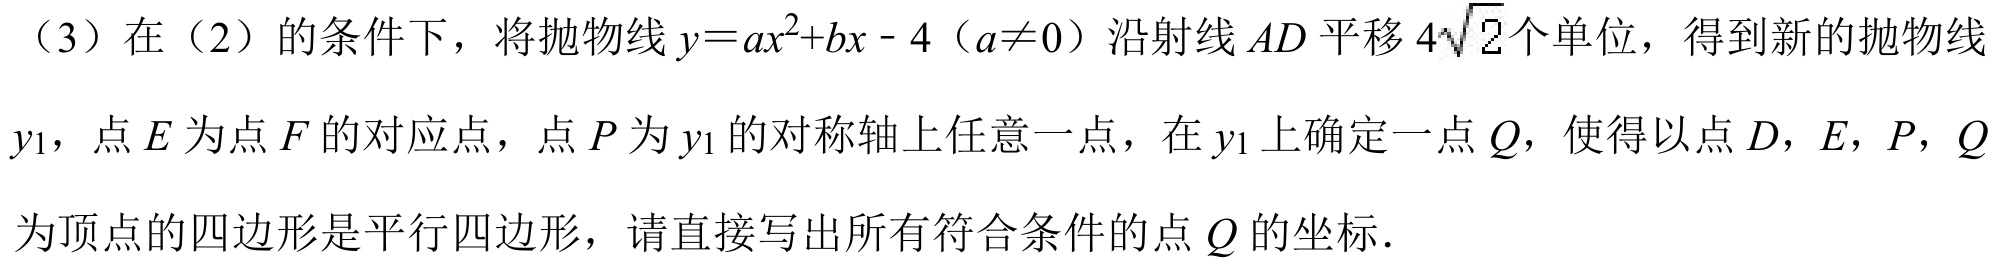
（3）在（2）的条件下，将抛物线\(y = ax^{2}+bx - 4\)（\(a\neq0\)）沿射线\(AD\)平移\(4\sqrt{2}\)个单位，得到新的抛物线\(y_{1}\)，点\(E\)为点\(F\)的对应点，点\(P\)为\(y_{1}\)的对称轴上任意一点，在\(y_{1}\)上确定一点\(Q\)，使得以点\(D\)，\(E\)，\(P\)，\(Q\)为顶点的四边形是平行四边形，请直接写出所有符合条件的点\(Q\)的坐标．